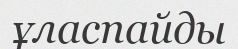
ұласпайды